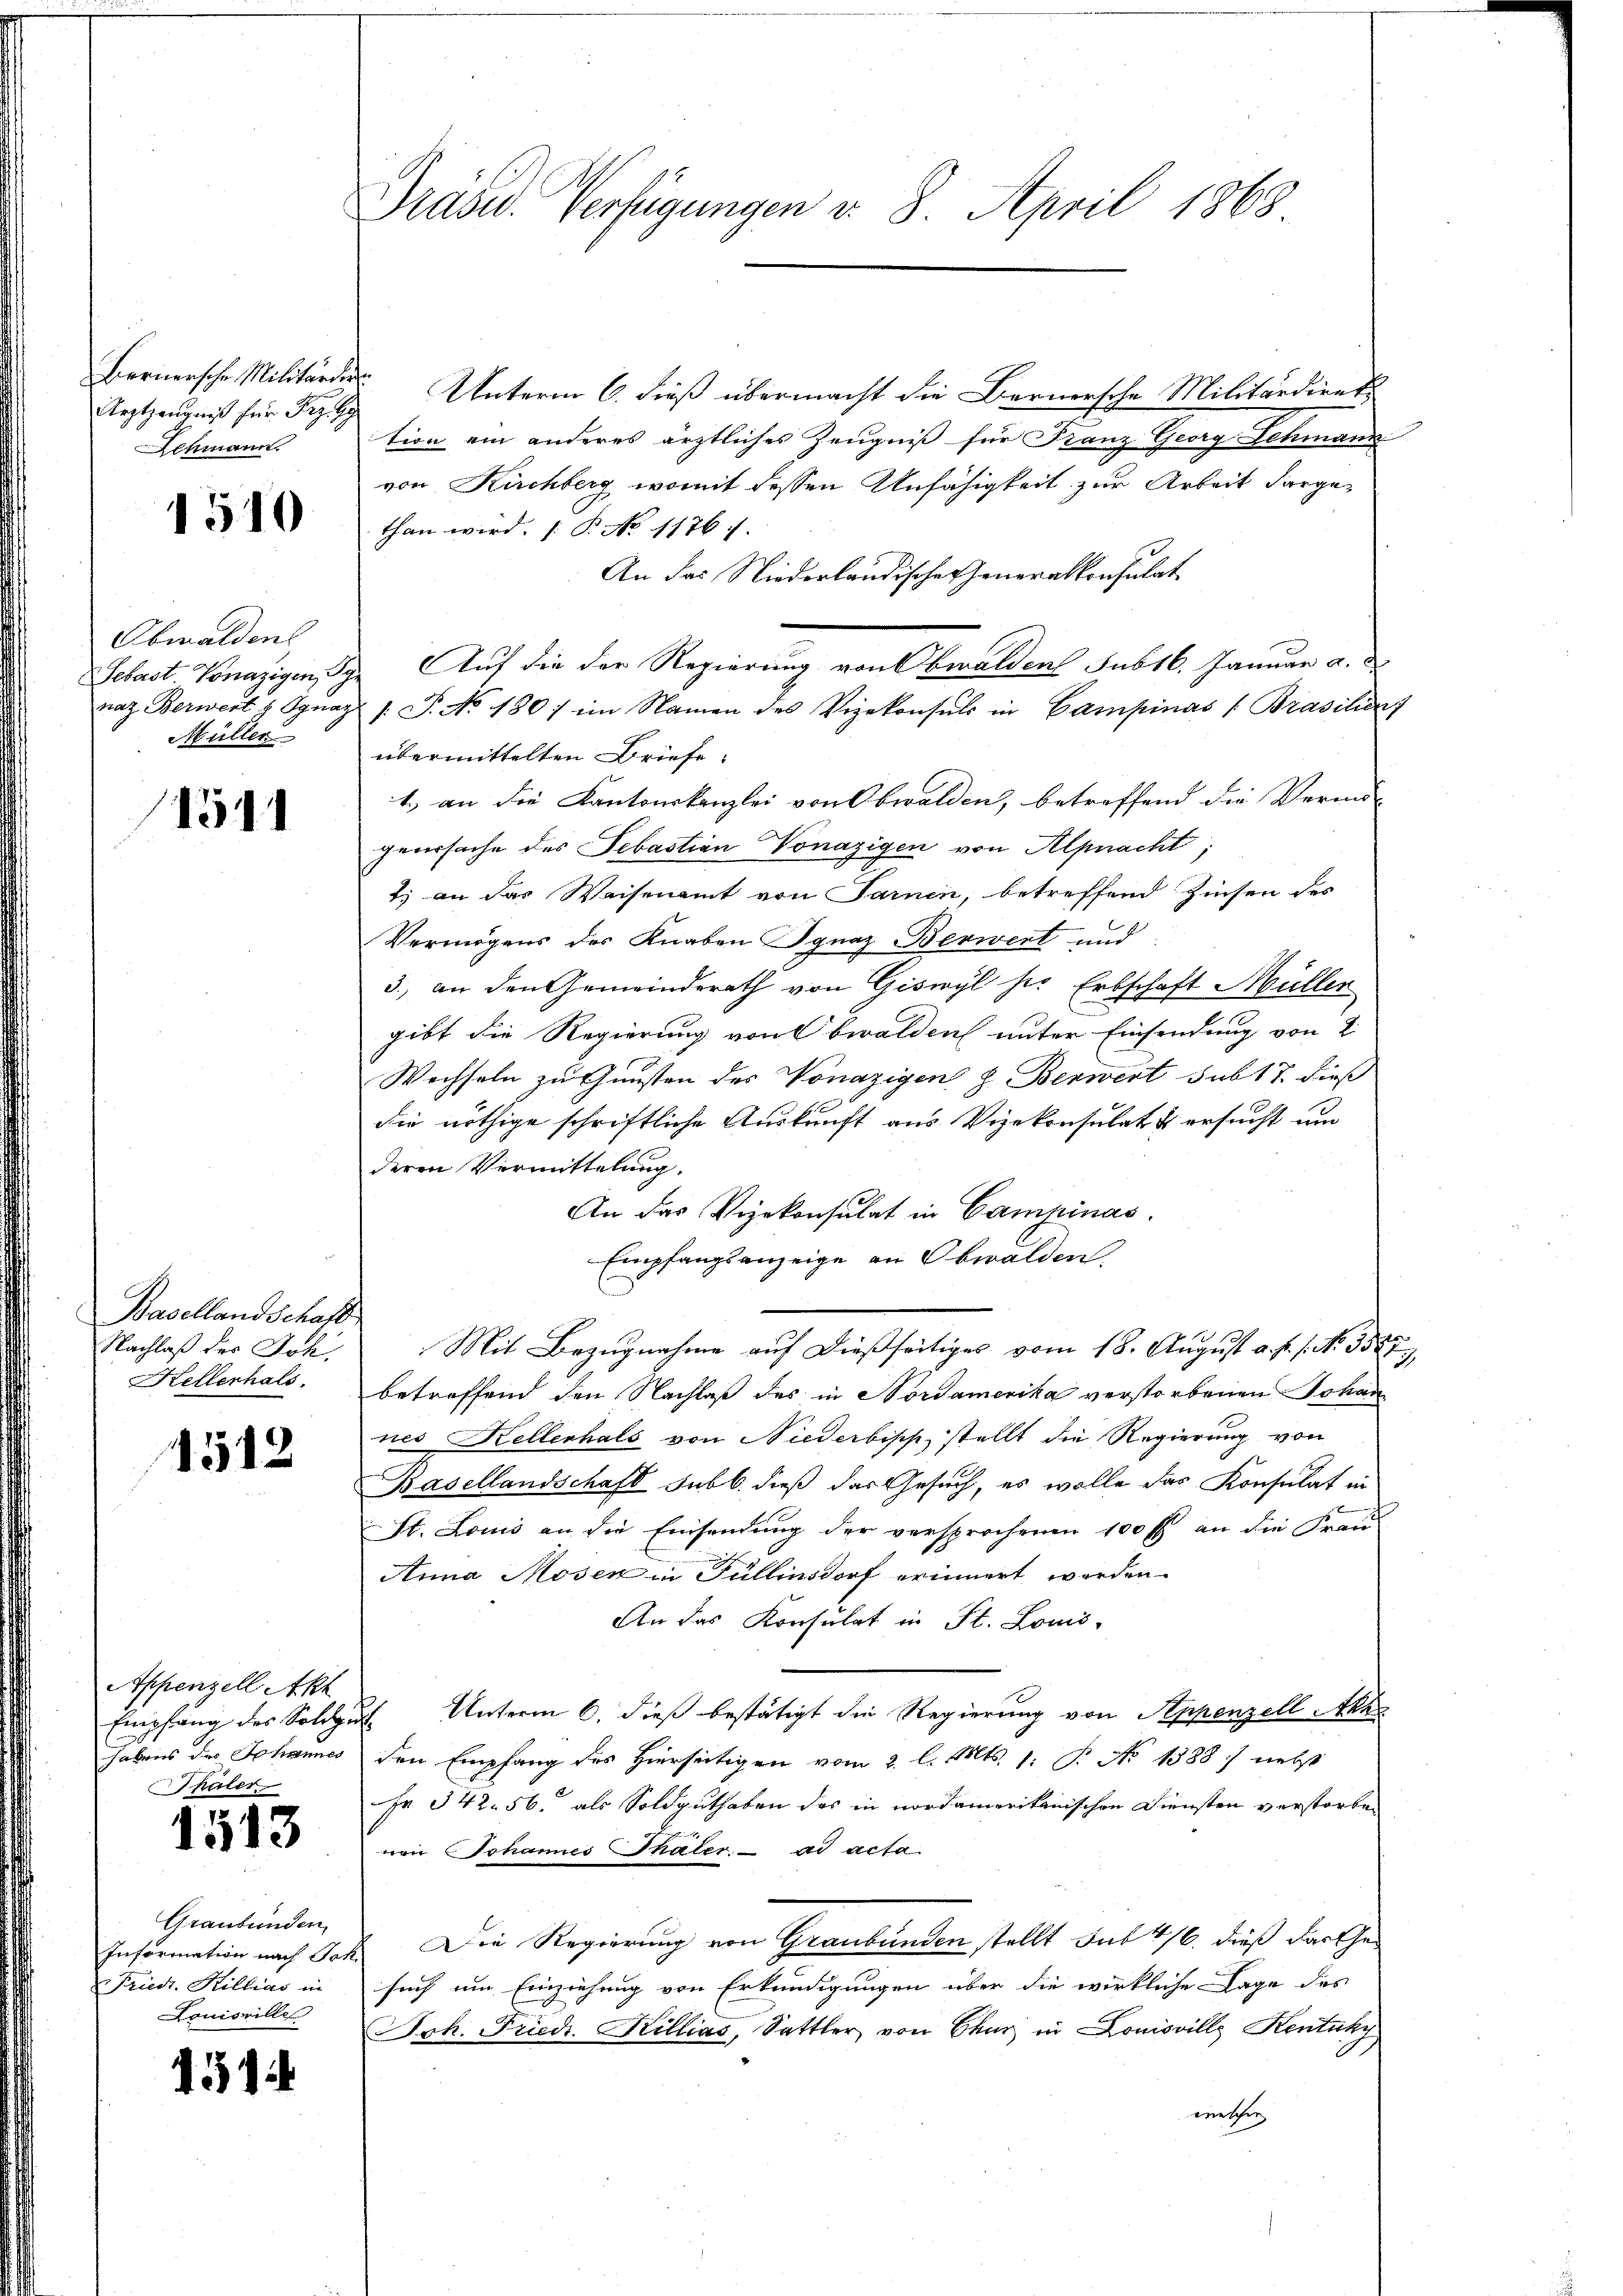
Bernersche Militärder
Arztzeugniß für Frz. 99
Schmann.

1510

Obwaldens
Sebast Vonazigen, Schr
naz Berwert z. Ognaz
Müller

154

Basellandschaft
Nachlaß der Joh.
Kellerhals,

1512

Appenzell Akt
Empfang des Soldzu
habens des Johannes
häler

1513

Graubünden
Information nach Jak.
Friedr. Hillias in
Louisville

4314

Präsid. Verfügungen v. 8. April 1868

Unterm 6. dieß übermacht die Bernersche Militärdiret.
tion ein anderes ärztliches Zeugniß für Franz Georg Lenmann
von Kirchberg, womit dessen Unfähigkeit zur Arbeit darge-
than wird. B. No 11761.
An das Niederländische Generalkonsulat
Auf die der Regierung von Obwalden Sub16. Januar a.
/: P. No 1807 im Namen des Vizekonsuls in Campinas (Brasilienz
übermittelten Briefe
1.) an die Kantonskanzlei von Obwalden, betreffend die Vermö-
geursache des Sebastian onazigen von Alpnacht;
1.) an das Waisenamt von Sarnen, betreffend Zinsen des
Vermögens des Knaben Ignaz Berwert und
3., an den Gemeinderath von Giswyl ser Erbschaft Müller
gibt die Regierung von Obwalden unter Einsendung von 2
Wechseln zu Gunsten des Vonazigen & Benwert sub 17. dieß
die nöthige schriftliche Auskunft aus Vizekonsulat & ersucht um
deren Vermittelung.
An das Vizekonsulat in Campinas.
Empfangsanzeige an Obwalden.
Mit Bezugnahme auf dießseitiges vom 18. August a. p. 1. No. 3587
betreffend den Nachlaß des in Nordamerika verstorbenen Johan
nes Kellerhals von Niederbisch, stellt die Regierung von
Basellandschaft sub b. dieß das Gesuch, es wolle das Konsulat in
St. Louis an die Einsendung der versprochenen 100 fl an die Frau
Anna Moser in Füllinsdorf erinnert werden.
An das Konsulat in St. Louis-
1 Unterm 6. dieß bestätigt die Regierung von Appenzell Akko
den Empfang des Hierseitigen vom 2. l. Mts. 1. P. No 1388) nebst
Fr 542. 56. als Soldguthaben des in nordamerikanischen Diensten verstorben
von Johannes Thäler. ad acta
Die Regierung von Graubünden stellt sub 4/6. dieß darthe
such um Einziehung von Erkundigungen über die wirkliche Lage des
rh. Friedr. Killias, Sattler von Chur in Louisville Kentuky
enischen